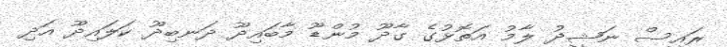
ރައީސް ނަޝީދު ލާމު އަތޮޅުގެ ގާދޫ މުންޑޫ މާބައިދޫ ދަނބިދޫ ކަލައިދޫ އަދި